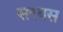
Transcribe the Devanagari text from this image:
सरबस